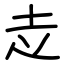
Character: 赱